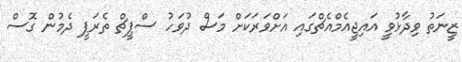
ޒީނަތު ވިދާޅުވީ އައިޖީއެމްއެޗްގައި އަށްވަރަކަށް މަސް ދުވަހު ސްޕީޗް ތެރަޕީ ދެމުން ގޮސް